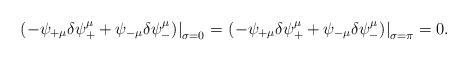
LaTeX: \begin{align*}\left. \left( -\psi_{+\mu}\delta \psi^\mu _+ +\psi_{-\mu}\delta \psi^\mu _-\right) \right|_{\sigma =0} = \left. \left( -\psi_{+\mu}\delta \psi^\mu _+ +\psi_{-\mu}\delta \psi^\mu _-\right) \right|_{\sigma =\pi} =0.\end{align*}